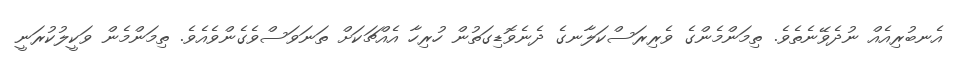
އެނބުރިއެއް ނުދެވޭނެތެވެ. ތިމަންމެންގެ ވެރިރަސްކަލާނގެ ދެނެވޮޑިގަތުން ހުރިހާ އެއްޗަކަށް ތަނަވަސްވެގެންވެއެވެ. ތިމަންމެން ވަކީލުކުރަނީ